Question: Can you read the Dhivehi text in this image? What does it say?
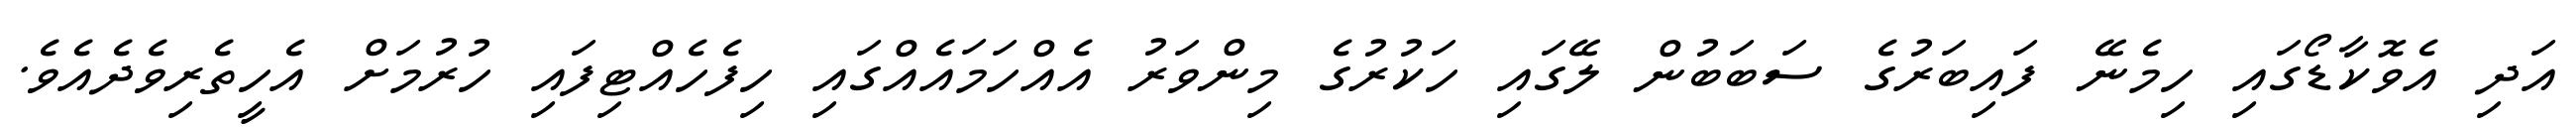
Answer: އަދި އެވޮކާޑޯގައި ހިމެނޭ ފައިބަރުގެ ސަބަބުން ލޭގައި ހަކުރުގެ މިންވަރު އެއްހަމައެއްގައި ހިފެހެއްޓިފައި ހުރުމަށް އެހީތެރިވެދެއެވެ.